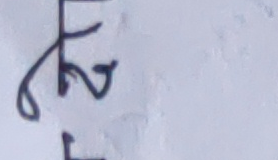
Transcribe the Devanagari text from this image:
फ२